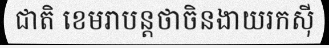
ជាតិ ខេមរាបន្តថាចិនងាយរកស៊ី